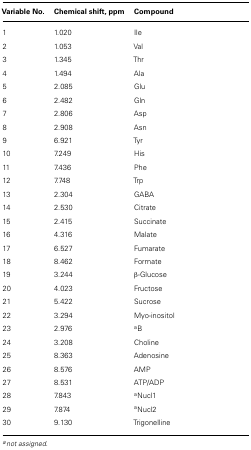
<table><thead><tr><td><b>Variable No.</b></td><td><b>Chemical shift, ppm</b></td><td><b>Compound</b></td></tr></thead><tbody><tr><td>1</td><td>1.020</td><td>Ile</td></tr><tr><td>2</td><td>1.053</td><td>Val</td></tr><tr><td>3</td><td>1.345</td><td>Thr</td></tr><tr><td>4</td><td>1.494</td><td>Ala</td></tr><tr><td>5</td><td>2.085</td><td>Glu</td></tr><tr><td>6</td><td>2.482</td><td>Gln</td></tr><tr><td>7</td><td>2.806</td><td>Asp</td></tr><tr><td>8</td><td>2.908</td><td>Asn</td></tr><tr><td>9</td><td>6.921</td><td>Tyr</td></tr><tr><td>10</td><td>7.249</td><td>His</td></tr><tr><td>11</td><td>7.436</td><td>Phe</td></tr><tr><td>12</td><td>7.748</td><td>Trp</td></tr><tr><td>13</td><td>2.304</td><td>GABA</td></tr><tr><td>14</td><td>2.530</td><td>Citrate</td></tr><tr><td>15</td><td>2.415</td><td>Succinate</td></tr><tr><td>16</td><td>4.316</td><td>Malate</td></tr><tr><td>17</td><td>6.527</td><td>Fumarate</td></tr><tr><td>18</td><td>8.462</td><td>Formate</td></tr><tr><td>19</td><td>3.244</td><td>β-Glucose</td></tr><tr><td>20</td><td>4.023</td><td>Fructose</td></tr><tr><td>21</td><td>5.422</td><td>Sucrose</td></tr><tr><td>22</td><td>3.294</td><td>Myo-inositol</td></tr><tr><td>23</td><td>2.976</td><td><sup>a</sup>B</td></tr><tr><td>24</td><td>3.208</td><td>Choline</td></tr><tr><td>25</td><td>8.363</td><td>Adenosine</td></tr><tr><td>26</td><td>8.576</td><td>AMP</td></tr><tr><td>27</td><td>8.531</td><td>ATP/ADP</td></tr><tr><td>28</td><td>7.843</td><td><sup>a</sup>Nucl1</td></tr><tr><td>29</td><td>7.874</td><td><sup>a</sup>Nucl2</td></tr><tr><td>30</td><td>9.130</td><td>Trigonelline</td></tr></tbody></table>